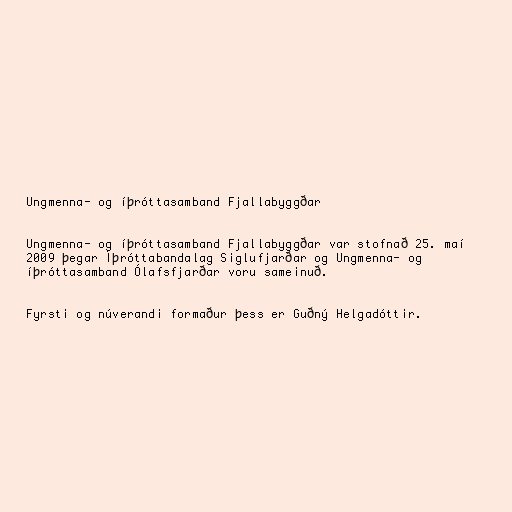
Ungmenna- og íþróttasamband Fjallabyggðar

Ungmenna- og íþróttasamband Fjallabyggðar var stofnað 25. maí
2009 þegar Íþróttabandalag Siglufjarðar og Ungmenna- og
íþróttasamband Ólafsfjarðar voru sameinuð.

Fyrsti og núverandi formaður þess er Guðný Helgadóttir.